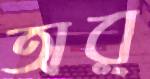
অর্